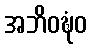
အဘိဝဍ္ဎံဝ